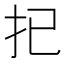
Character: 𢩽